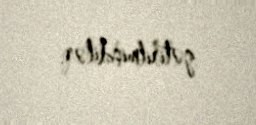
gətirilmişdilər.